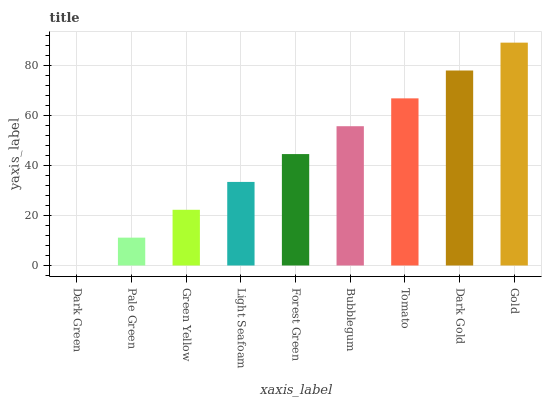
| xaxis_label | bars |
 | --- | --- |
 | Dark Green | 0 |
 | Pale Green | 11.1 |
 | Green Yellow | 22.3 |
 | Light Seafoam | 33.4 |
 | Forest Green | 44.6 |
 | Bubblegum | 55.7 |
 | Tomato | 66.8 |
 | Dark Gold | 78 |
 | Gold | 89.1 |